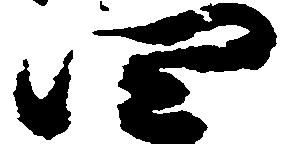
四